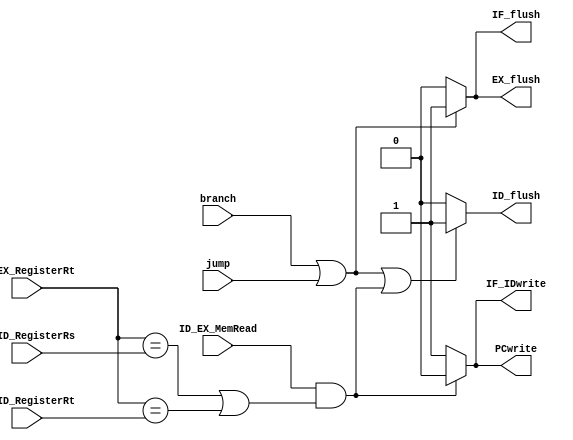
module HazardDetectionUnit(ID_EX_MemRead, ID_EX_RegisterRt, IF_ID_RegisterRs, IF_ID_RegisterRt, branch, jump, PCwrite, IF_IDwrite, IF_flush, ID_flush, EX_flush );

input ID_EX_MemRead, branch, jump;
input [5-1:0] ID_EX_RegisterRt, IF_ID_RegisterRs, IF_ID_RegisterRt;
output PCwrite, IF_IDwrite, IF_flush, ID_flush, EX_flush;

					//load
assign PCwrite = (ID_EX_MemRead && ((ID_EX_RegisterRt == IF_ID_RegisterRs) || (ID_EX_RegisterRt == IF_ID_RegisterRt)))? 0: 1;
assign IF_IDwrite = (ID_EX_MemRead && ((ID_EX_RegisterRt == IF_ID_RegisterRs) || (ID_EX_RegisterRt == IF_ID_RegisterRt)))? 0: 1;

assign IF_flush = (branch || jump)? 1:0;
assign ID_flush = (branch || jump || (ID_EX_MemRead && ((ID_EX_RegisterRt == IF_ID_RegisterRs) || (ID_EX_RegisterRt == IF_ID_RegisterRt))))? 1:0;
assign EX_flush = (branch || jump)? 1:0;

endmodule